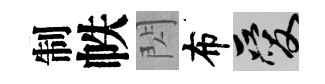
制帙閃布爱